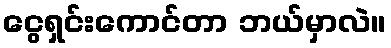
ငွေရှင်းကောင်တာ ဘယ်မှာလဲ။